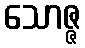
သောဇ္ဇ